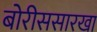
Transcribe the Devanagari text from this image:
बोरीससारखा